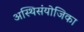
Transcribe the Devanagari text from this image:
अस्थिसंयोजिका